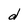
Character: d